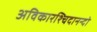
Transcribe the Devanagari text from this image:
अविकारश्चिदानन्दो